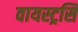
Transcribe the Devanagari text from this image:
वायस्ट्रसि